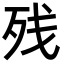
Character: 残